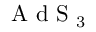
\mathrm { ~ A ~ d ~ S ~ } _ { 3 }